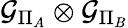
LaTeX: \mathcal{G}_{\Pi_{A}}\otimes\mathcal{G}_{\Pi_{B}}